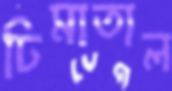
ঢিমাতাল